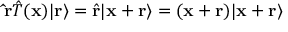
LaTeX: \mathbf { \hat { r } } { \hat { T } } ( \mathbf { x } ) | \mathbf { r } \rangle = { \hat { \mathbf { r } } } | \mathbf { x } + \mathbf { r } \rangle = ( \mathbf { x } + \mathbf { r } ) | \mathbf { x } + \mathbf { r } \rangle